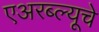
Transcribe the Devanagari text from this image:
एअरब्ल्यूचे